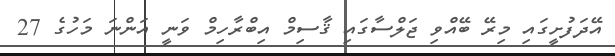
އޭދަފުށީގައި މިރޭ ބޭއްވި ޖަލްސާގައި ޤާސިމް އިބްރާހިމް ވަނީ އަންނަ މަހުގެ 27